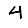
Digit: 4